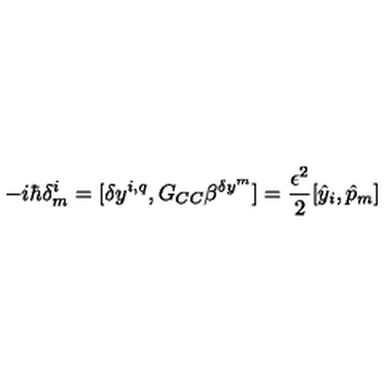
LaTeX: - i \hbar \delta _ { m } ^ { i } = [ \delta y ^ { i , q } , G _ { C C } \beta ^ { \delta y ^ { m } } ] = \frac { \epsilon ^ { 2 } } { 2 } [ { \hat { y } } _ { i } , { \hat { p } } _ { m } ]